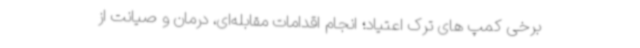
برخی کمپ های ترک اعتیاد؛ انجام اقدامات مقابله‌ای، درمان و صیانت از